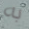
به